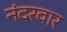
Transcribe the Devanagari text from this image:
नंदरवार